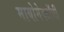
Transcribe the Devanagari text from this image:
मायोमेक्टॉमी